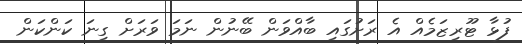
ފުޅާ ޓޫރިޒަމެއް އެ ރަށުގައި ބާއްވަން ބޭނުން ނަމަ ވަރަށް ގިނަ ކަންކަން